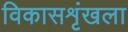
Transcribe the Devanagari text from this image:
विकासशृंखला